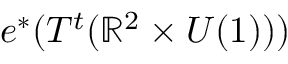
e ^ { * } ( T ^ { t } ( \mathbb { R } ^ { 2 } \times U ( 1 ) ) )